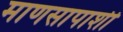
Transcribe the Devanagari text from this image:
माणसापाशी